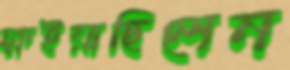
ক্ষইয়াছিলেন